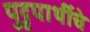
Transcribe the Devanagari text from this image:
पुट्टपार्थीचे